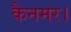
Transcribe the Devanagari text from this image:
कैनमर।